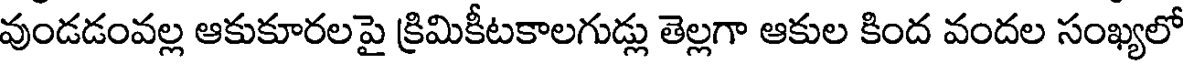
వుండడంవల్ల ఆకుకూరలపై క్రిమికీటకాలగుడ్లు తెల్లగా ఆకుల కింద వందల సంఖ్యలో